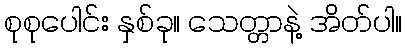
စုစုပေါင်း နှစ်ခု။ သေတ္တာနဲ့ အိတ်ပါ။